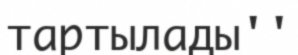
тартылады''